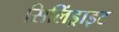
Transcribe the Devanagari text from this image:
सिलिंड्राइट